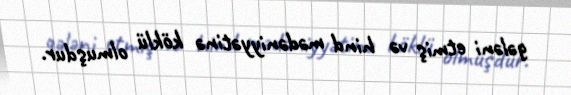
gələni etmiş və hind mədəniyyətinə köklü olmuşdur.